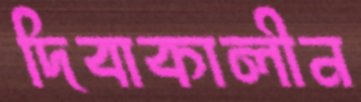
দিবাকালীন